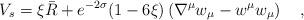
LaTeX: \begin{align*}V_s=\xi\bar{R}+e^{-2\sigma}(1-6\xi)\left(\nabla^\mu w_\mu-w^\mu w_\mu\right){}~~~,\end{align*}